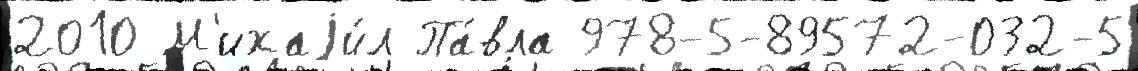
2010 М'ихаjи́л Па́вла 978-5-89572-032-5